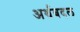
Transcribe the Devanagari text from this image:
अर्थबदल